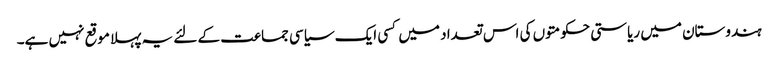
ہندوستان میں ریاستی حکومتوں کی اس تعداد میں کسی ایک سیاسی جماعت کے لئے یہ پہلا موقع نہیں ہے۔